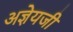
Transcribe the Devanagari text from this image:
अज्ञेयजी